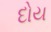
દોય